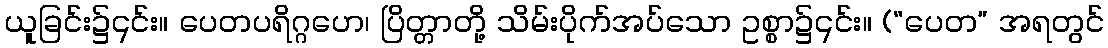
ယူခြင်း၌၎င်း။ ပေတပရိဂ္ဂဟေ၊ ပြိတ္တာတို့ သိမ်းပိုက်အပ်သော ဥစ္စာ၌၎င်း။ (“ပေတ” အရတွင်